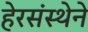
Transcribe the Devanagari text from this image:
हेरसंस्थेने